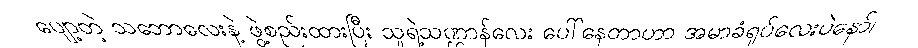
ပျော့တဲ့ သဘောလေးနဲ့ ဖွဲ့စည်းထားပြီး သူရဲ့သဏ္ဌာန်လေး ပေါ်နေတာဟာ အမာခံရုပ်လေးပဲနော်၊